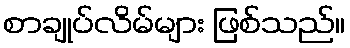
စာချုပ်လိမ်များ ဖြစ်သည်။